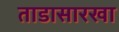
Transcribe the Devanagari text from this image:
ताडासारखा